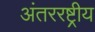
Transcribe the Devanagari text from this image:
अंतररष्ट्रीय